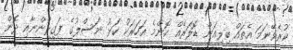
ކުރެވޭނަމަ އެތައް ބިލިއަން ޑޮލަރެއް ކޮންމެ އަހަރަކު ކަޅު ނަސްލުގެ ފަގީރުންނާއި ދޮން